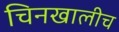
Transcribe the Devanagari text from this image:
चिनखालीच